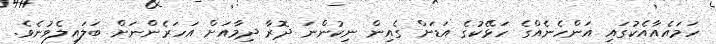
ހަމައެއާއެކުގައި އަންހެނެއްގެ ހަޅޭކުގެ އަޑަށް ގެއިން ނިކުންނަ ދޮރާ ދިމާއަށް އަހަރެންނަށް ބަލައިލެވުނެވެ.